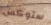
ستوكس